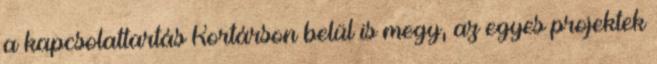
a kapcsolattartás Kortárson belül is megy, az egyes projektek